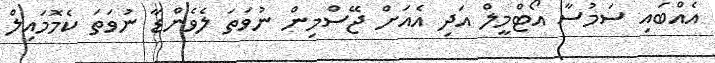
އެއްބައި ސަމުސާ އޯޓްމީލް އަދި އެއަށް ޖޭސްމިން ނުވަތަ ލެވެންޑާ ނުވަތަ ކެމޮމައިލް